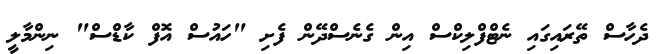
ދެހާސް ތޭރައިގައި ނެޓްފްލިކްސް އިން ގެނެސްދޭން ފެށި "ހައުސް އޮފް ކާޑްސް" ނިންމާލީ